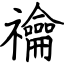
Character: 禴